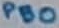
Text: PB0